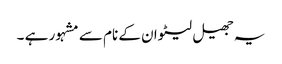
یہ جھیل لیٹوان کے نام سے مشہور ہے ۔